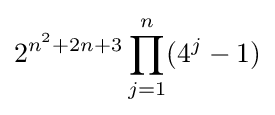
2^{n^{2}+2n+3}\prod _{j=1}^{n}(4^{j}-1)